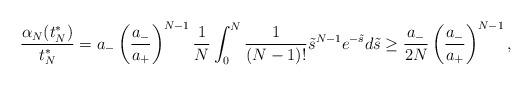
LaTeX: \begin{align*} \frac{\alpha_N(t^*_N)}{t^*_N}&=a_-\left(\frac{a_-}{a_+}\right)^{N-1}\frac{1}{N}\int_0^{N}\frac{1}{(N-1)!}\tilde{s}^{N-1}e^{-\tilde{s}}d\tilde{s}\geq \frac{a_-}{2N}\left(\frac{a_-}{a_+}\right)^{N-1},\end{align*}